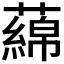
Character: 𬞻